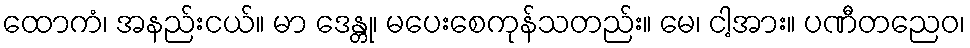
ထောကံ၊ အနည်းငယ်။ မာ ဒေန္တု၊ မပေးစေကုန်သတည်း။ မေ၊ ငါ့အား။ ပဏီတညေဝ၊